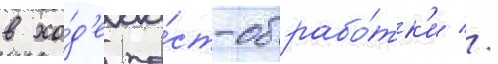
в хо́д'е по́ст-обрабо́тк'и //